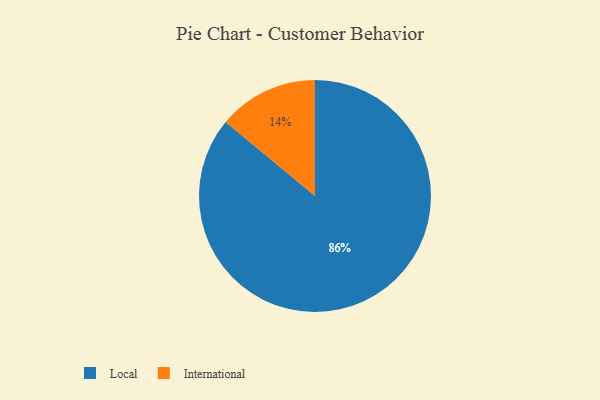
{"axis": {"x": "Category", "y": "Percentage"}, "legend": ["International", "Local"], "data": [{"x": "International", "y": 14, "type": "International"}, {"x": "Local", "y": 86, "type": "Local"}]}